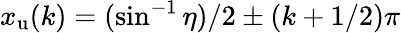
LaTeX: x_{\mathrm{u}}(k)=(\sin^{-1}\eta)/2\pm(k+1/2)\pi